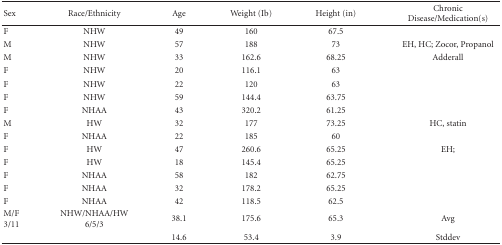
<table><thead><tr><td><b>Sex</b></td><td><b>Race/Ethnicity</b></td><td><b>Age</b></td><td><b>Weight (Ib)</b></td><td><b>Height (in)</b></td><td><b>Chronic Disease/Medication(s)</b></td></tr></thead><tbody><tr><td>F</td><td>NHW</td><td>49</td><td>160</td><td>67.5</td><td></td></tr><tr><td>M</td><td>NHW</td><td>57</td><td>188</td><td>73</td><td>EH, HC; Zocor, Propanol</td></tr><tr><td>M</td><td>NHW</td><td>33</td><td>162.6</td><td>68.25</td><td>Adderall</td></tr><tr><td>F</td><td>NHW</td><td>20</td><td>116.1</td><td>63</td><td></td></tr><tr><td>F</td><td>NHW</td><td>22</td><td>120</td><td>63</td><td></td></tr><tr><td>F</td><td>NHW</td><td>59</td><td>144.4</td><td>63.75</td><td></td></tr><tr><td>F</td><td>NHAA</td><td>43</td><td>320.2</td><td>61.25</td><td></td></tr><tr><td>M</td><td>HW</td><td>32</td><td>177</td><td>73.25</td><td>HC, statin</td></tr><tr><td>F</td><td>NHAA</td><td>22</td><td>185</td><td>60</td><td></td></tr><tr><td>F</td><td>HW</td><td>47</td><td>260.6</td><td>65.25</td><td>EH;</td></tr><tr><td>F</td><td>HW</td><td>18</td><td>145.4</td><td>65.25</td><td></td></tr><tr><td>F</td><td>NHAA</td><td>58</td><td>182</td><td>62.75</td><td></td></tr><tr><td>F</td><td>NHAA</td><td>32</td><td>178.2</td><td>65.25</td><td></td></tr><tr><td>F</td><td>NHAA</td><td>42</td><td>118.5</td><td>62.5</td><td></td></tr><tr><td>M/F3/11</td><td>NHW/NHAA/HW6/5/3</td><td>38.1</td><td>175.6</td><td>65.3</td><td>Avg</td></tr><tr><td></td><td></td><td>14.6</td><td>53.4</td><td>3.9</td><td>Stddev</td></tr></tbody></table>